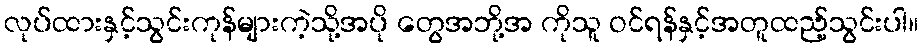
လုပ်ထားနှင့်သွင်းကုန်များကဲ့သို့အပို တွေအဘို့အ ကိုသူ ဝင်ရန်နှင့်အတူထည့်သွင်းပါ။